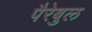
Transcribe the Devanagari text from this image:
पैरेबुल